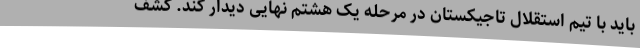
باید با تیم استقلال تاجیکستان در مرحله یک هشتم نهایی دیدار کند. کشف